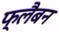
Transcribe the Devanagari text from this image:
फ्लैबन